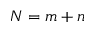
N = m + n